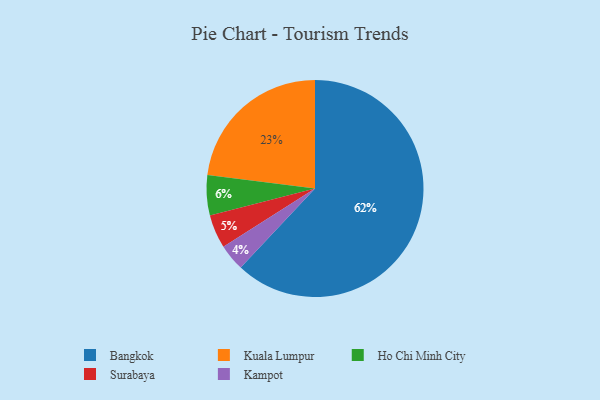
{"axis": {"x": "Category", "y": "Percentage"}, "legend": ["Bangkok", "Ho Chi Minh City", "Kampot", "Kuala Lumpur", "Surabaya"], "data": [{"x": "Kuala Lumpur", "y": 23, "type": "Kuala Lumpur"}, {"x": "Kampot", "y": 4, "type": "Kampot"}, {"x": "Surabaya", "y": 5, "type": "Surabaya"}, {"x": "Bangkok", "y": 62, "type": "Bangkok"}, {"x": "Ho Chi Minh City", "y": 6, "type": "Ho Chi Minh City"}]}